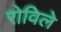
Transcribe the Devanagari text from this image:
रोविले